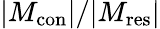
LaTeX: |M_{\mathrm{{con}}}|/|M_{\mathrm{{res}}}|